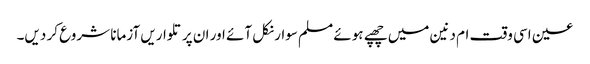
عین اسی وقت ام دنین میں چھپے ہوئے مسلم سوار نکل آئے اور ان پر تلواریں آزمانا شروع کر دیں۔